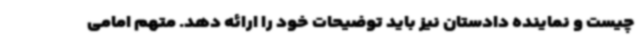
چیست و نماینده دادستان نیز باید توضیحات خود را ارائه دهد. متهم امامی